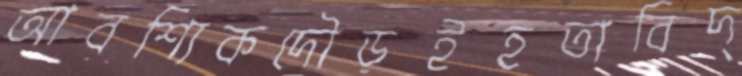
আবশ্যিকদৌড়ইহতাবিদ্